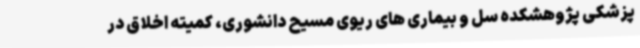
پزشکی پژوهشکده سل و بیماری های ریوی مسیح دانشوری، کمیته اخلاق در